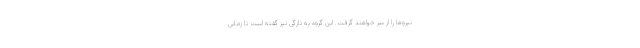
نیروها را از سر خواهند گرفت. این گروه به تازگی نیز گفته است تا زمانی